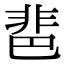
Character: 𩇯